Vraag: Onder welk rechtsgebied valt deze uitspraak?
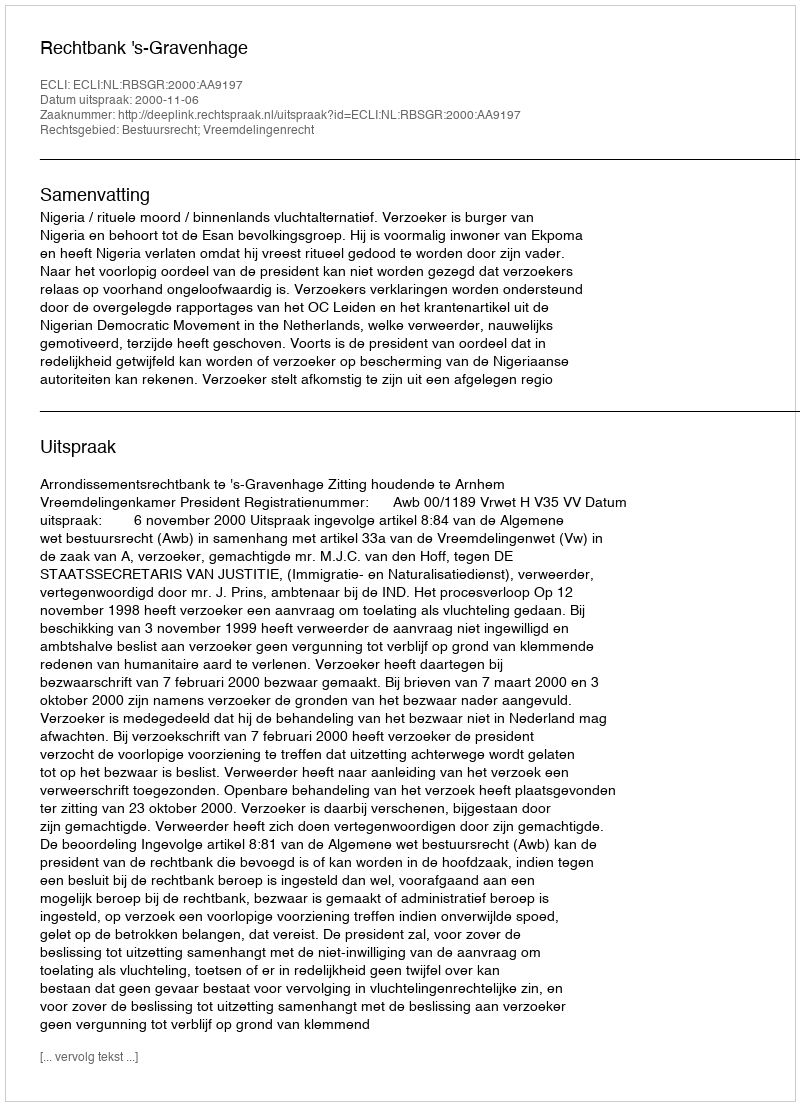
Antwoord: Bestuursrecht; Vreemdelingenrecht